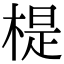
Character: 㮛